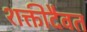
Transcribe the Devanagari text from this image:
शक्तीदैवत